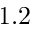
1 . 2